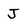
Character: J